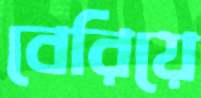
বেরিয়ে